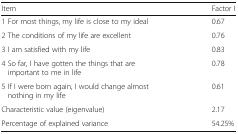
<table><thead><tr><td><b>Item</b></td><td><b>Factor I</b></td></tr></thead><tbody><tr><td>1 For most things, my life is close to my ideal</td><td>0.67</td></tr><tr><td>2 The conditions of my life are excellent</td><td>0.76</td></tr><tr><td>3 I am satisfied with my life</td><td>0.83</td></tr><tr><td>4 So far, I have gotten the things that are important to me in life</td><td>0.78</td></tr><tr><td>5 If I were born again, I would change almost nothing in my life</td><td>0.61</td></tr><tr><td>Characteristic value (eigenvalue)</td><td>2.17</td></tr><tr><td>Percentage of explained variance</td><td>54.25%</td></tr></tbody></table>